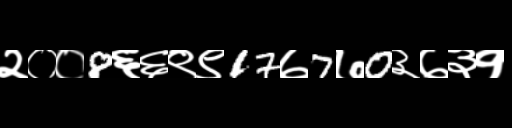
Text: २००8६६९९17७7७0३७३१